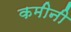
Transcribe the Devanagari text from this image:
कमीनी